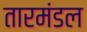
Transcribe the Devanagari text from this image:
तारमंडल